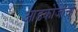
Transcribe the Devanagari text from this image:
आडकोजींचा